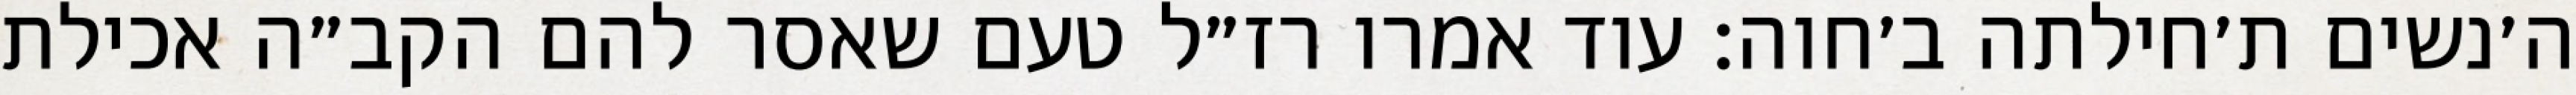
ה׳נשים ת׳חילתה ב׳חוה: עוד אמרו רז״ל טעם שאסר להם הקב״ה אכילת